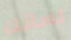
لسانك